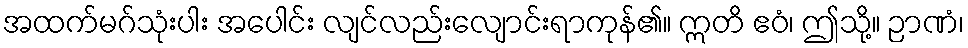
အထက်မဂ်သုံးပါး အပေါင်း လျင်လည်းလျောင်းရာကုန်၏။ ဣတိ ဧဝံ၊ ဤသို့။ ဉာဏံ၊